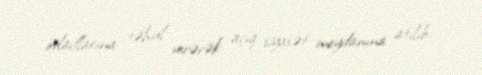
övladlarına təhvil verərək açıq siyasət meydanına atılıb.